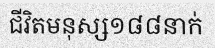
ជីវិតមនុស្ស១៨៨នាក់